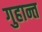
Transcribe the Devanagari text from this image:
गुहान्त